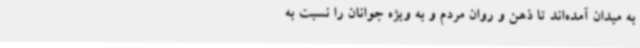
به میدان آمده‌اند تا ذهن و روان مردم و به ویژه جوانان را نسبت به